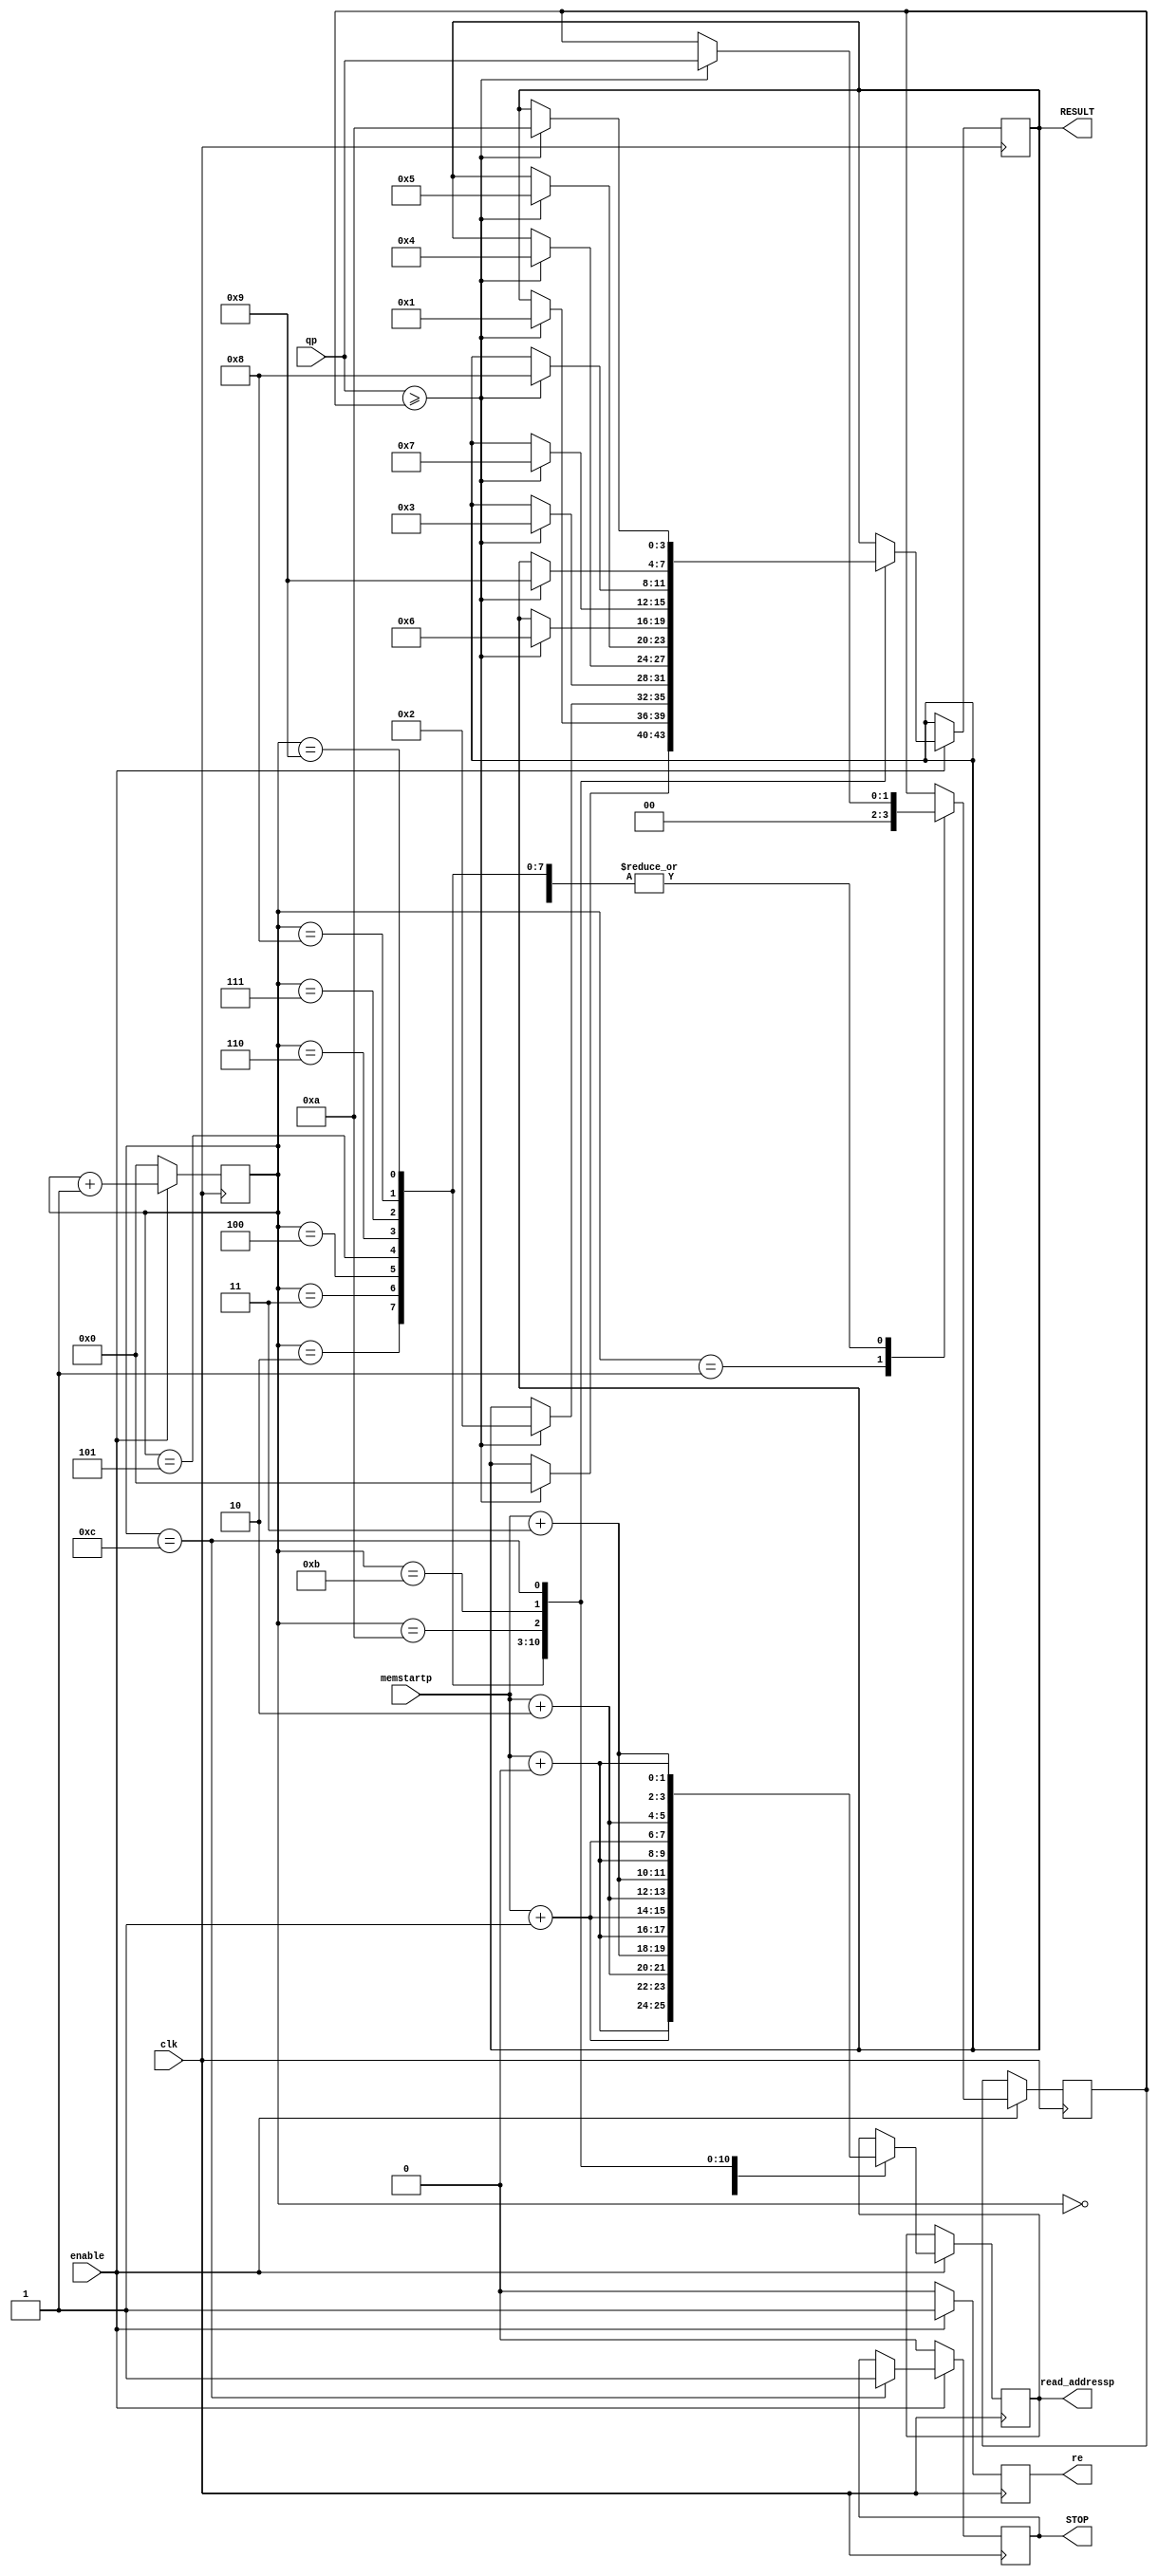
module result(clk,enable,STOP,memstartp,read_addressp,qp,re,RESULT);

parameter SIZE_1=0;
parameter SIZE_2=0;
parameter SIZE_3=0;
parameter SIZE_4=0;
parameter SIZE_address_pix=0;

input clk,enable;
output reg STOP;
input [SIZE_address_pix-1:0] memstartp;
input [SIZE_1-1:0] qp;
output reg re;
output reg [SIZE_address_pix-1:0] read_addressp;
output reg [3:0] RESULT;

reg [3:0] marker;
reg signed [SIZE_1-1:0] buff;

wire signed [SIZE_1-1:0]  p1;
always @(posedge clk)
begin
if (enable==1)
begin
re=1;
case (marker)
	0: begin read_addressp=memstartp+0; end
	1: begin read_addressp=memstartp+1; buff = 0; end
	2: begin read_addressp=memstartp+2; if (p1>=buff) begin buff=p1; RESULT=0; end end
	3: begin read_addressp=memstartp+3; if (p1>=buff) begin buff=p1; RESULT=1; end end
	4: begin read_addressp=memstartp+4; if (p1>=buff) begin buff=p1; RESULT=2; end end
	5: begin read_addressp=memstartp+5; if (p1>=buff) begin buff=p1; RESULT=3; end end
	6: begin read_addressp=memstartp+6; if (p1>=buff) begin buff=p1; RESULT=4; end end
	7: begin read_addressp=memstartp+7; if (p1>=buff) begin buff=p1; RESULT=5; end end
	8: begin read_addressp=memstartp+8; if (p1>=buff) begin buff=p1; RESULT=6; end end
	9: begin read_addressp=memstartp+9; if (p1>=buff) begin buff=p1; RESULT=7; end end
	10: begin read_addressp=memstartp+10; if (p1>=buff) begin buff=p1; RESULT=8; end end
	11: begin read_addressp=memstartp+11; if (p1>=buff) begin buff=p1; RESULT=9; end end
	12: begin read_addressp=memstartp+12; if (p1>=buff) begin buff=p1; RESULT=10; end STOP=1; end
	default: $display("Check case result");
endcase
marker=marker+1;
end
else 
begin
re=0;
marker=0;
STOP=0;
end
end

assign p1=qp[SIZE_1-1:0];
endmodule